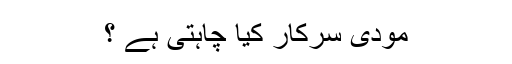
مودی سرکار کیا چاہتی ہے ؟